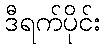
ဒီရက်ပိုင်း